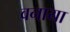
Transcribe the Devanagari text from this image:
वनाया